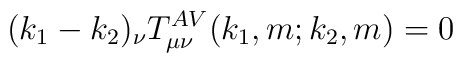
(k_1-k_2)_\nu T^{AV}_{\mu\nu} (k_1,m;k_2,m)=0